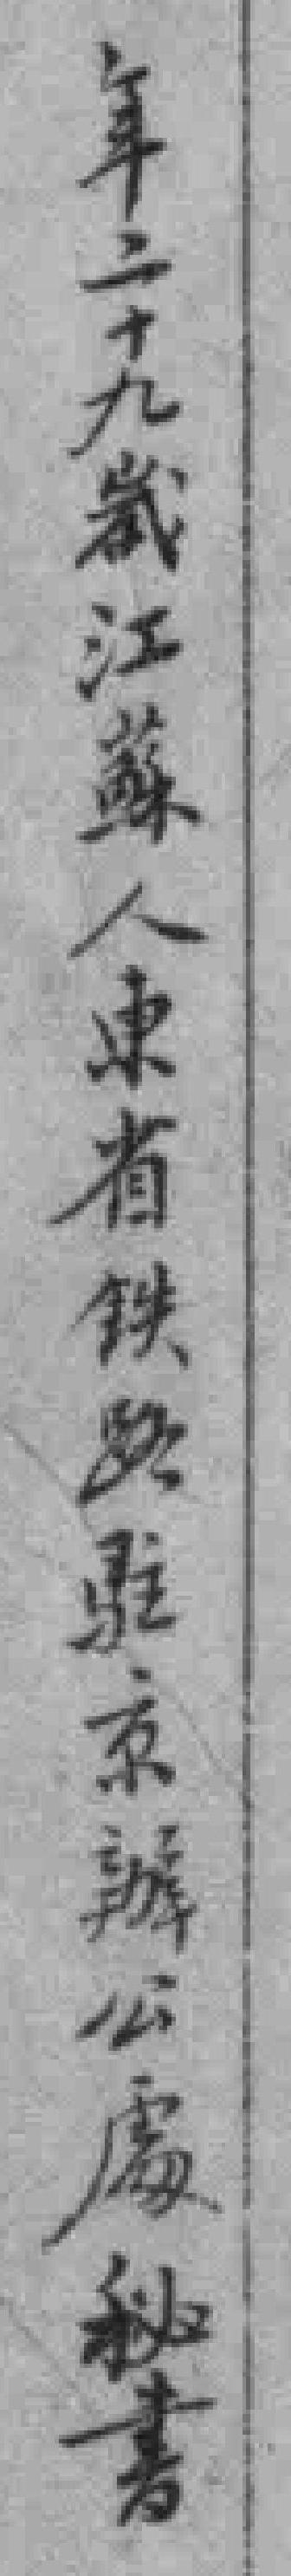
年二十九歲江蘇人東省铁路駐京辦公處秘書